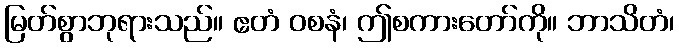
မြတ်စွာဘုရားသည်။ ဧတံ ဝစနံ၊ ဤစကားတော်ကို။ ဘာသိတံ၊